Problem: 40 + 6 = ?
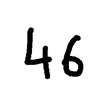
Handwritten answer: 46